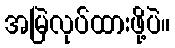
အမြဲလုပ်ထားဖို့ပဲ။